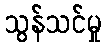
သွန်သင်မှု